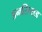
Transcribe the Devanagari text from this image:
डनसियड